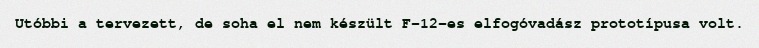
Utóbbi a tervezett, de soha el nem készült F–12-es elfogóvadász prototípusa volt.